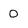
Character: 0